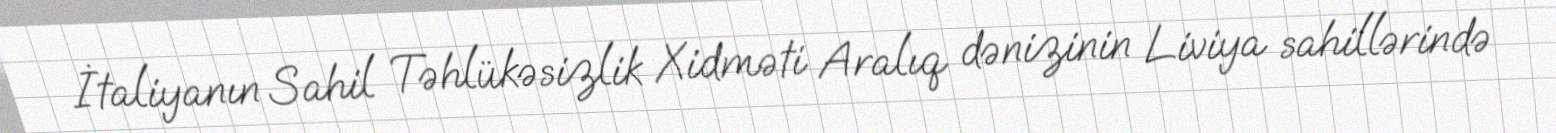
İtaliyanın Sahil Təhlükəsizlik Xidməti Aralıq dənizinin Liviya sahillərində